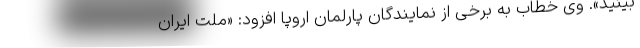
بینید». وی خطاب به برخی از نمایندگان پارلمان اروپا افزود: «ملت ایران